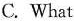
C. What